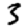
Digit: 3